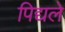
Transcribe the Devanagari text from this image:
पिद्यले